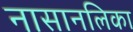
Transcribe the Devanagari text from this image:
नासानलिका